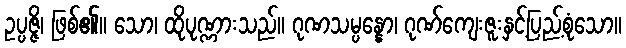
ဥပ္ပဇ္ဇိ၊ ဖြစ်၏။ သော၊ ထိုပုဏ္ဏားသည်။ ဂုဏသမ္ပန္နော၊ ဂုဏ်ကျေးဇူးနှင့်ပြည့်စုံသော။